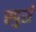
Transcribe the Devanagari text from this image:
स्पुर्स